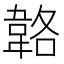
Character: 𩎬